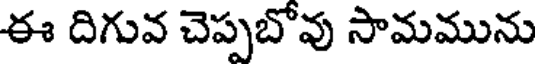
ఈ దిగువ చెప్పబోవు సామమును